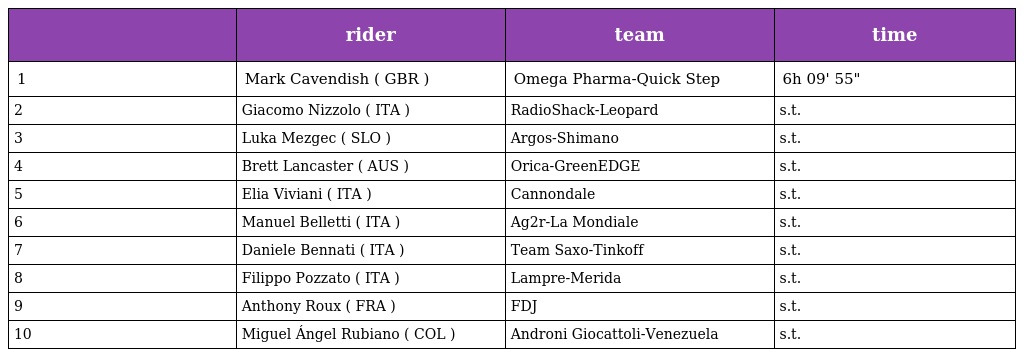
|  | rider | team | time |
 | --- | --- | --- | --- |
 | 1 | Mark Cavendish ( GBR ) | Omega Pharma-Quick Step | 6h 09' 55" |
 | 2 | Giacomo Nizzolo ( ITA ) | RadioShack-Leopard | s.t. |
 | 3 | Luka Mezgec ( SLO ) | Argos-Shimano | s.t. |
 | 4 | Brett Lancaster ( AUS ) | Orica-GreenEDGE | s.t. |
 | 5 | Elia Viviani ( ITA ) | Cannondale | s.t. |
 | 6 | Manuel Belletti ( ITA ) | Ag2r-La Mondiale | s.t. |
 | 7 | Daniele Bennati ( ITA ) | Team Saxo-Tinkoff | s.t. |
 | 8 | Filippo Pozzato ( ITA ) | Lampre-Merida | s.t. |
 | 9 | Anthony Roux ( FRA ) | FDJ | s.t. |
 | 10 | Miguel Ángel Rubiano ( COL ) | Androni Giocattoli-Venezuela | s.t. |